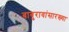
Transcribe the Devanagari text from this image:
बाबुरावांसारख्या